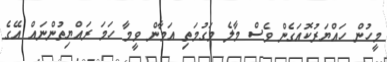
މީހުން ހައްޔަރުކޮއަގެން ވެސް މާލެ މަގުމަތި އަމާން ވީމާ ހަމަ ރައްޔިތުންނައް އޭގެ